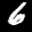
Label: 6